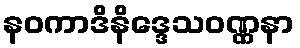
နဝကာဒိနိဒ္ဒေသဝဏ္ဏနာ